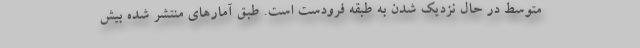
متوسط در حال نزدیک شدن به طبقه فرودست است. طبق آمارهای منتشر شده بیش